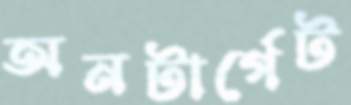
অনটার্গেট